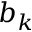
b _ { k }